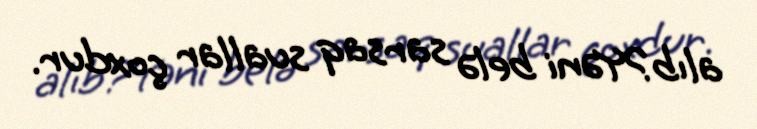
alıb?Yəni belə sarsaq suallar çoxdur.